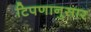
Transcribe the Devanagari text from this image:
टिपणानुसार